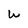
Character: W